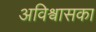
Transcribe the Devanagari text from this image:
अविश्वासका